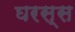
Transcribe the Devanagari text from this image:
घरस्स